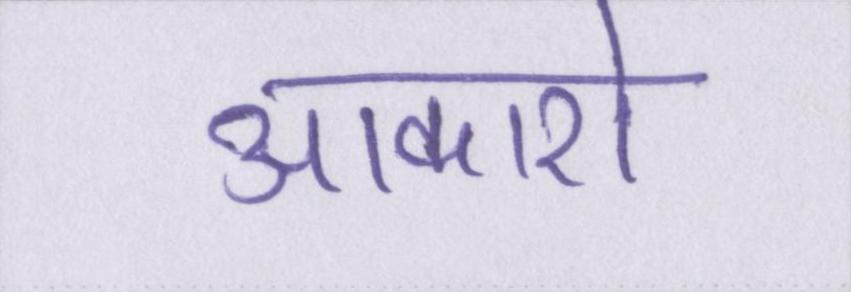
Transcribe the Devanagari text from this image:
आकाशे